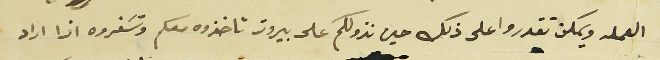
العمله ويمكن تقدروا على ذلك حين نزولكم على بيروت تاخذوه معكم وتسَفروه اذا اراد